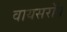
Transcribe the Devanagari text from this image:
वायसराॅय